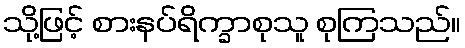
သို့ဖြင့် စားနပ်ရိက္ခာစုသူ စုကြသည်။